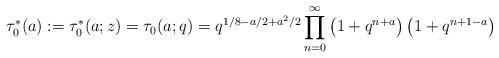
LaTeX: \begin{align*}\tau_0^{*}(a):=\tau^{*}_0(a;z)=\tau_0(a;q)=q^{1/8-a/2+a^2/2}\prod^{\infty}_{n=0}\left(1+q^{n+a}\right)\left(1+q^{n+1-a}\right)\end{align*}